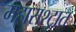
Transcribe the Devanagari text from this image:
महाराश्ट्रात